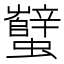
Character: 蠥